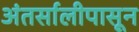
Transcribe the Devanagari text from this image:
अंतर्सालीपासून